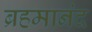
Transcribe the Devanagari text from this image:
ब्रहमानंद